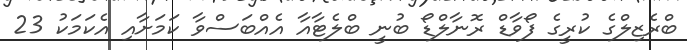
ބްރެޒިލްގެ ކުރީގެ ފޯވާޑް ރޮނާލްޑޯ ބުނީ ބްލެޓާއާ އެއްބަސްވާ ކަމަށާއި އެކަމަކު 23